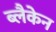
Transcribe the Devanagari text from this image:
ब्लैकेन